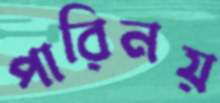
পারিনয়